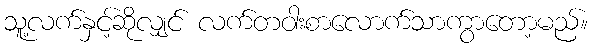
သူ့လက်နှင့်ဆိုလျှင် လက်တဝါးစာလောက်သာကွာတော့မည်။